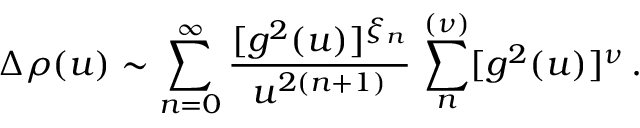
\Delta \rho ( u ) \sim \sum _ { n = 0 } ^ { \infty } \frac { [ g ^ { 2 } ( u ) ] ^ { \xi _ { n } } } { u ^ { 2 ( n + 1 ) } } \, \sum _ { n } ^ { ( \nu ) } [ g ^ { 2 } ( u ) ] ^ { \nu } \, .